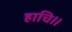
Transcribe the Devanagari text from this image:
हाचि॥